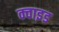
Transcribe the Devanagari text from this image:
क्वाइड